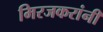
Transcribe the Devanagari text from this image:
मिरजकरांनी